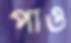
পাও